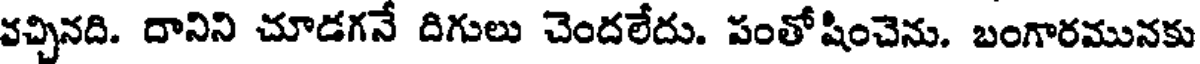
వచ్చినది. దానిని చూడగనే దిగులు చెందలేదు. పంతోషించెను. బంగారమునకు